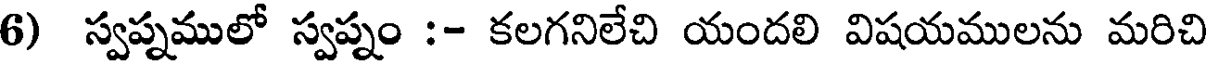
6) స్వప్నములో స్వప్నం :- కలగనిలేచి యందలి విషయములను మరిచి